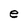
Character: e